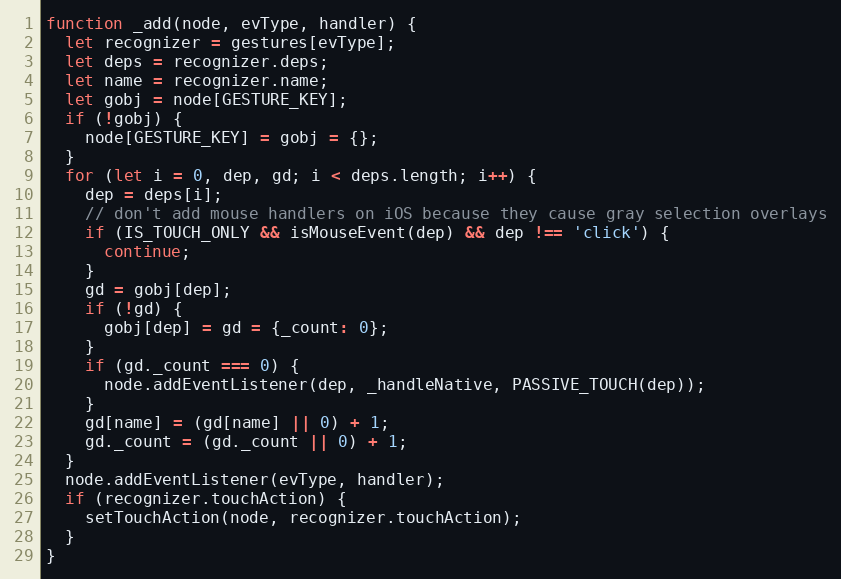
Language: JavaScript
function _add(node, evType, handler) {
  let recognizer = gestures[evType];
  let deps = recognizer.deps;
  let name = recognizer.name;
  let gobj = node[GESTURE_KEY];
  if (!gobj) {
    node[GESTURE_KEY] = gobj = {};
  }
  for (let i = 0, dep, gd; i < deps.length; i++) {
    dep = deps[i];
    // don't add mouse handlers on iOS because they cause gray selection overlays
    if (IS_TOUCH_ONLY && isMouseEvent(dep) && dep !== 'click') {
      continue;
    }
    gd = gobj[dep];
    if (!gd) {
      gobj[dep] = gd = {_count: 0};
    }
    if (gd._count === 0) {
      node.addEventListener(dep, _handleNative, PASSIVE_TOUCH(dep));
    }
    gd[name] = (gd[name] || 0) + 1;
    gd._count = (gd._count || 0) + 1;
  }
  node.addEventListener(evType, handler);
  if (recognizer.touchAction) {
    setTouchAction(node, recognizer.touchAction);
  }
}